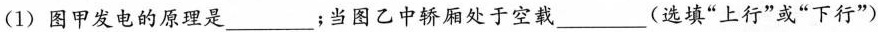
(1) 图甲发电的原理是___；当图乙中轿厢处于空载___(选填”上行”或”下行”)